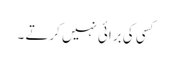
کسی کی برائی نہیں کرتے ۔